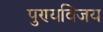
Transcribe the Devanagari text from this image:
पुण्यविजय